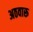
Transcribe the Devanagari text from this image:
अठवारू